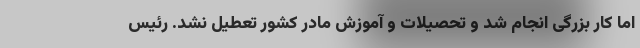
اما کار بزرگی انجام شد و تحصیلات و آموزش مادر کشور تعطیل نشد. رئیس